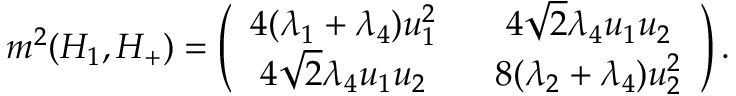
m ^ { 2 } ( H _ { 1 } , H _ { + } ) = \left( \begin{array} { c c } { { 4 ( \lambda _ { 1 } + \lambda _ { 4 } ) u _ { 1 } ^ { 2 } \ \ } } & { { 4 \sqrt { 2 } \lambda _ { 4 } u _ { 1 } u _ { 2 } } } \\ { { 4 \sqrt { 2 } \lambda _ { 4 } u _ { 1 } u _ { 2 } \ \ } } & { { 8 ( \lambda _ { 2 } + \lambda _ { 4 } ) u _ { 2 } ^ { 2 } } } \end{array} \right) .